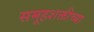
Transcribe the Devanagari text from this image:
समूहशक्तीच्या